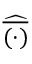
\widehat { \overline { { ( \cdot ) } } }